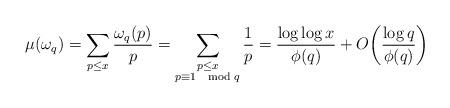
LaTeX: \begin{align*}\mu(\omega_q) = \sum_{p \leq x} \frac{\omega_q(p)}{p} = \sum_{\substack{p \leq x \\ p\equiv1\mod q}} \frac{1}{p} = \frac{\log\log x}{\phi(q)} + O\bigg( \frac{\log q}{\phi(q)} \bigg)\end{align*}